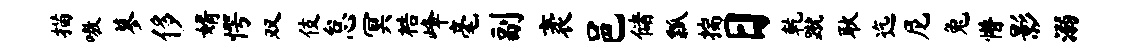
描嗷蓼侈婿愕双伎怠冥梏峰毫副袤邑储瓢揣日乾蹴耿迄尼兔懵影溺